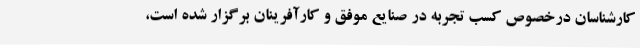
کارشناسان درخصوص کسب تجربه در صنایع موفق و کارآفرینان برگزار شده است،